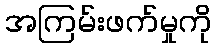
အကြမ်းဖက်မှုကို